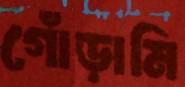
গোঁড়ামি